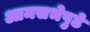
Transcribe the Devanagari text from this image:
आमसभेपुढे